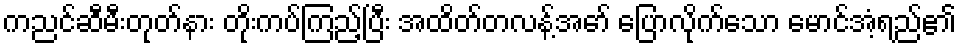
ကညင်ဆီမီးတုတ်နား တိုးကပ်ကြည့်ပြီး အထိတ်တလန့်အော် ပြောလိုက်သော မောင်အံ့ရည်၏